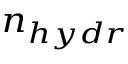
\scriptstyle n _ { h y d r }